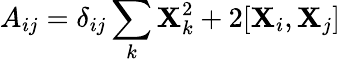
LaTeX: A_{ij}=\delta_{ij}\sum_{k}{\mathbf X}_{k}^{2}+2[{\mathbf X}_{i},{\mathbf X}_{j}]